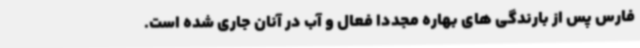
فارس پس از بارندگی های بهاره مجددا فعال و آب در آنان جاری شده است.